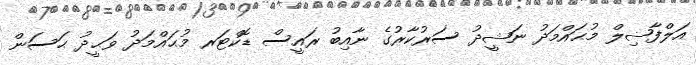
އަލްފާޟިލް މުޙައްމަދު ނަޝީދު ސަރުކާރުގެ ނާއިބު ރައީސް ޑޮކްޓަރ މުޙައްމަދު ވަޙީދު ޙަސަން